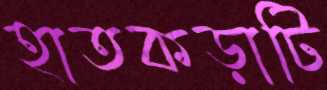
হাতকড়াটি